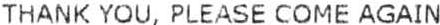
THANK YOU, PLEASE COME AGAIN